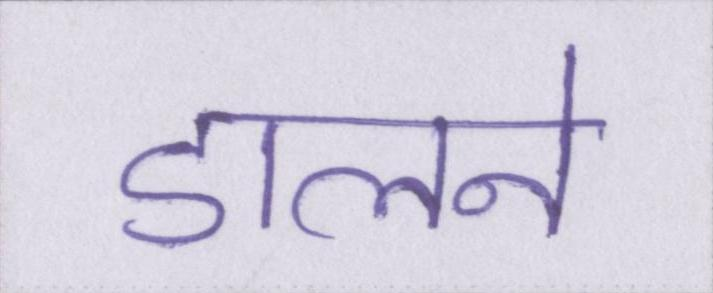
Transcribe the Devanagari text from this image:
डालने